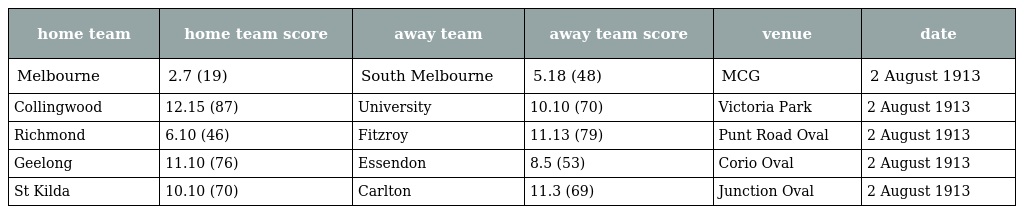
| home team | home team score | away team | away team score | venue | date |
 | --- | --- | --- | --- | --- | --- |
 | Melbourne | 2.7 (19) | South Melbourne | 5.18 (48) | MCG | 2 August 1913 |
 | Collingwood | 12.15 (87) | University | 10.10 (70) | Victoria Park | 2 August 1913 |
 | Richmond | 6.10 (46) | Fitzroy | 11.13 (79) | Punt Road Oval | 2 August 1913 |
 | Geelong | 11.10 (76) | Essendon | 8.5 (53) | Corio Oval | 2 August 1913 |
 | St Kilda | 10.10 (70) | Carlton | 11.3 (69) | Junction Oval | 2 August 1913 |